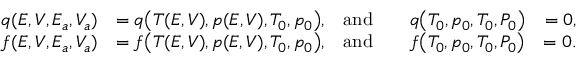
\begin{array} { r l r l r } { q ( E , V , E _ { a } , V _ { a } ) } & { = q \big ( T ( E , V ) , p ( E , V ) , T _ { 0 } , p _ { 0 } \big ) , } & { \mathrm { a n d } } & { \quad q \big ( T _ { 0 } , p _ { 0 } , T _ { 0 } , P _ { 0 } \big ) } & { = 0 , } \\ { f ( E , V , E _ { a } , V _ { a } ) } & { = f \big ( T ( E , V ) , p ( E , V ) , T _ { 0 } , p _ { 0 } \big ) , } & { \mathrm { a n d } } & { \quad f \big ( T _ { 0 } , p _ { 0 } , T _ { 0 } , P _ { 0 } \big ) \! } & { = 0 . } \end{array}